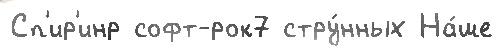
Сп'ир'инр софт-рок7 стру́нных На́ше